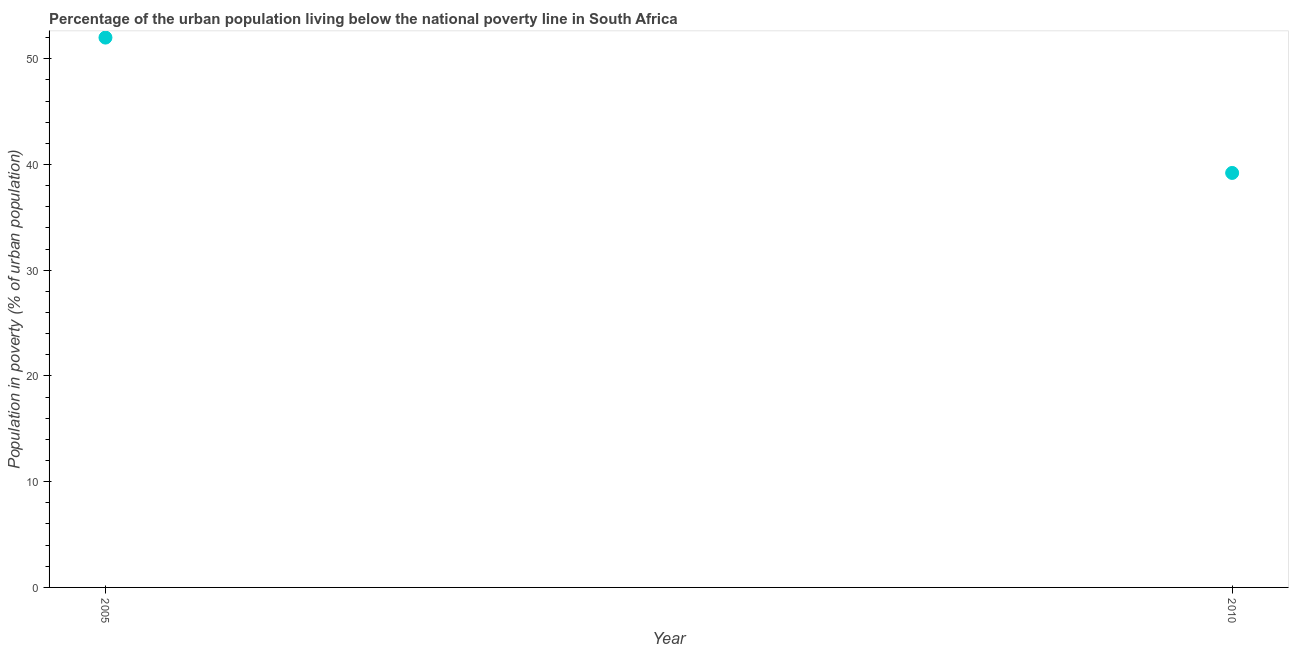
| Year | Urban poverty headcount ratio |
 | --- | --- |
 | 2005 | 52 |
 | 2010 | 39.2 |